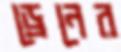
ড্রেনের